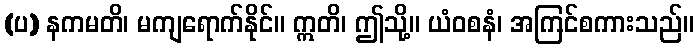
(ပ) နကမတိ၊ မကျရောက်နိုင်။ ဣတိ၊ ဤသို့။ ယံဝစနံ၊ အကြင်စကားသည်။